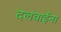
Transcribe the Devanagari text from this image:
दलवाईंना